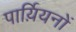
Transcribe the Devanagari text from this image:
पार्य़ियनों